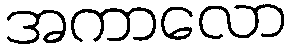
အကာလော